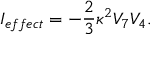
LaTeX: I _ { e f f e c t } = - \frac { 2 } { 3 } \kappa ^ { 2 } V _ { 7 } V _ { 4 } .